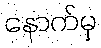
နောက်မှ